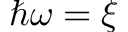
\hbar \omega = \xi